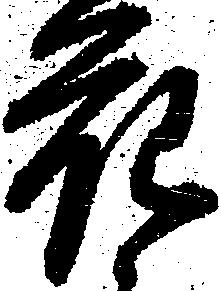
花